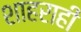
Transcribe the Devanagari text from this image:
शाहराहीं